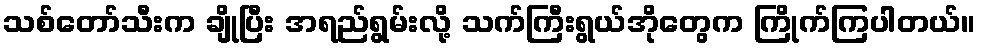
သစ်တော်သီးက ချိုပြီး အရည်ရွမ်းလို့ သက်ကြီးရွယ်အိုတွေက ကြိုက်ကြပါတယ်။